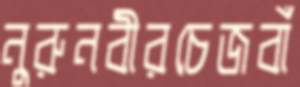
নুরুনবীরচেজবাঁ